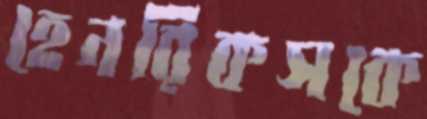
হেনরিকসকে